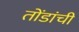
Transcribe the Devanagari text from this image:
तोंडांची